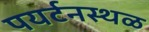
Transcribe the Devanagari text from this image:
पयर्टनस्थळ